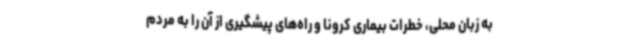
به زبان محلی، خطرات بیماری کرونا و راه‌های پیشگیری از آن را به مردم